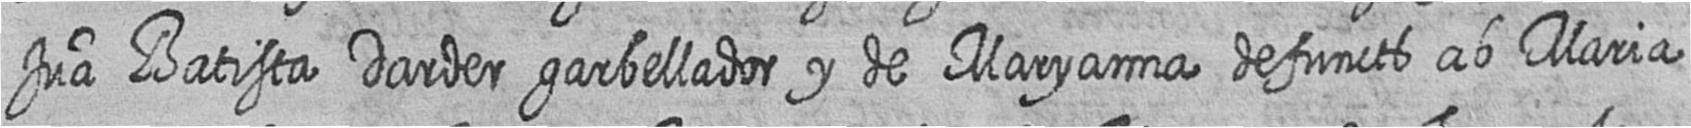
Jua Batista Darder garbellador y de Maryanna defuncts ab Maria